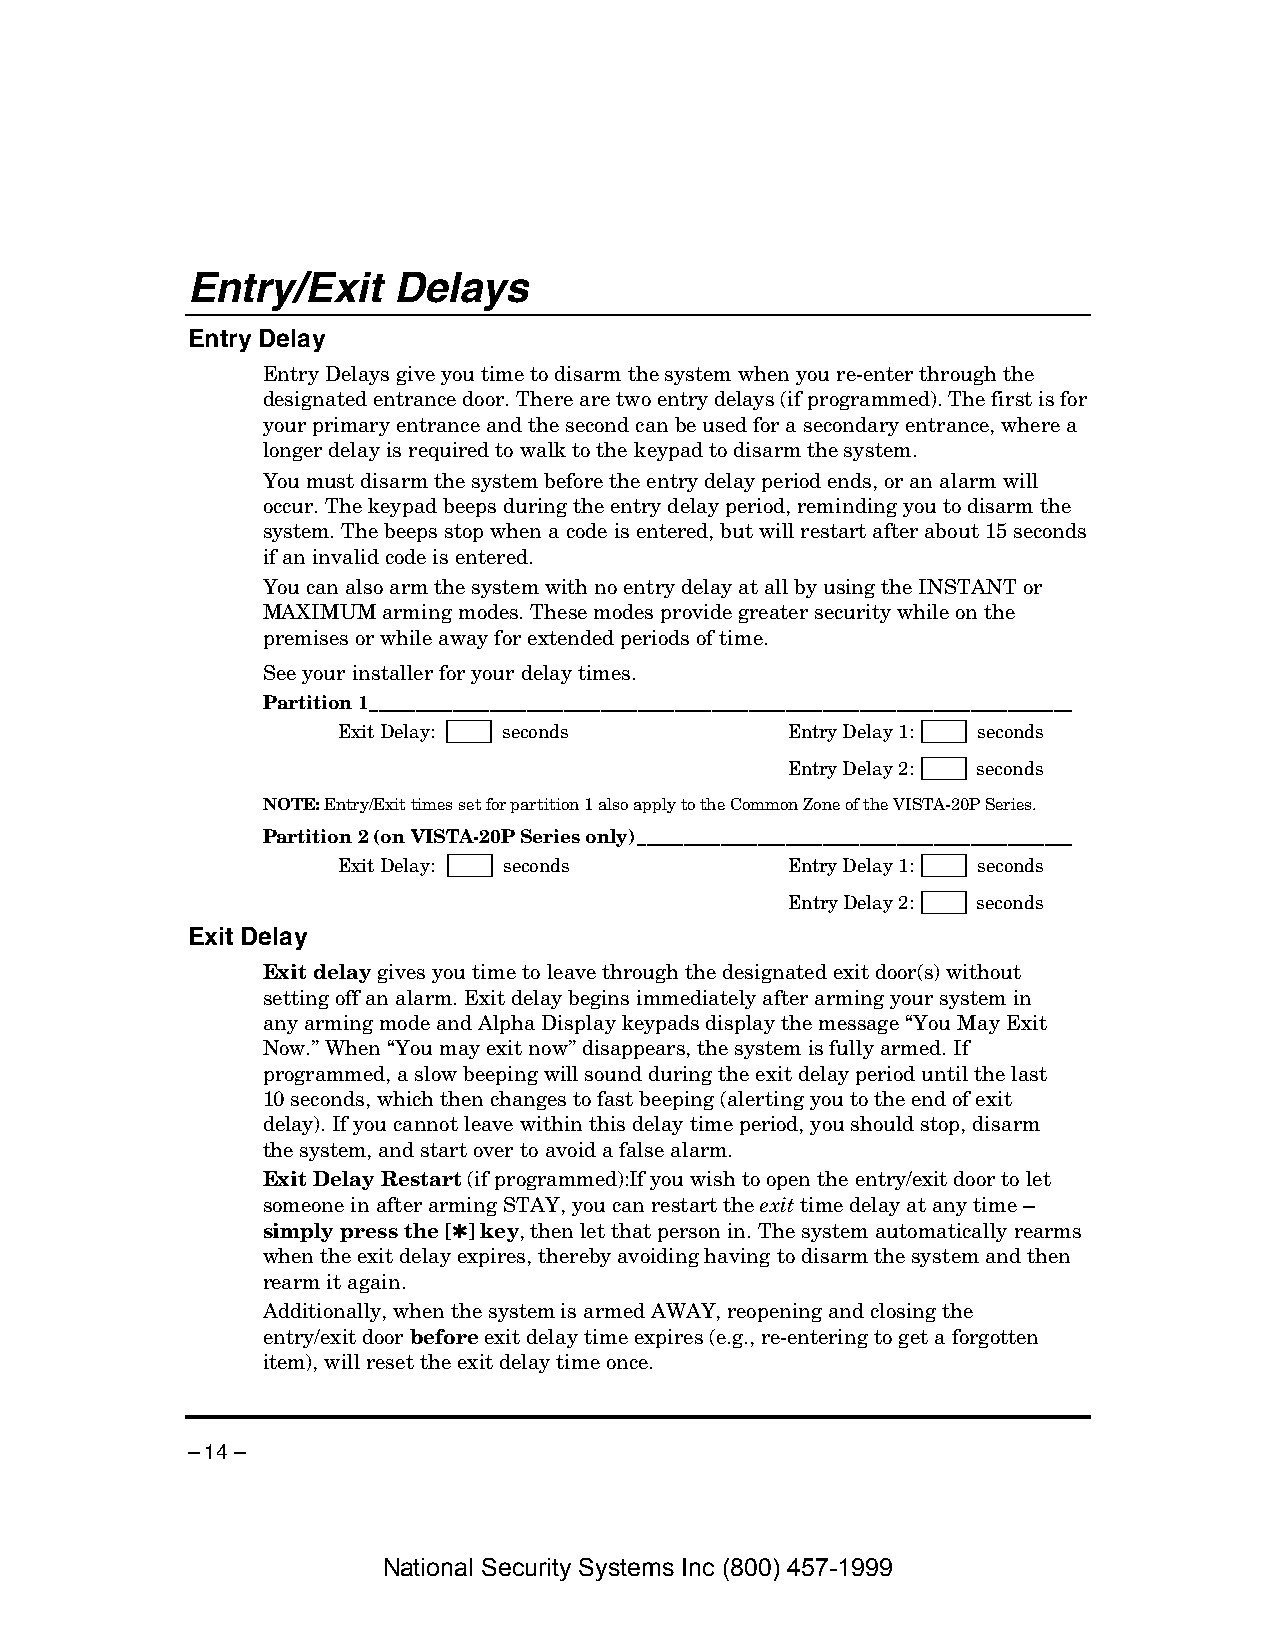
Entry/Exit    Delays
 Entry Delay
 Entry Delays give you time to disarm the system when you re-enter through the
 designated entrance door. There are two entry delays (if programmed). The first is for
 your primary entrance and the second can be used for a secondary entrance, where a
 longer delay is required to walk to the keypad to disarm the system.
 You must disarm the system before the entry delay period ends, or an alarm will
 occur. The keypad beeps during the entry delay period, reminding you to disarm the
 system. The beeps stop when a code is entered, but will restart after about 15 seconds
 if an invalid code is entered.
 You can also arm the system with no entry delay at all by using the INSTANT or
 MAXIMUM arming modes. These modes provide greater security while on the
 premises or while away for extended periods of time.
 See your installer for your delay times.
 Partition 1____________________________________________________________________________
 Exit Delay: seconds           Entry Delay 1: seconds
 Entry Delay 2: seconds
 NOTE: Entry/Exit times set for partition 1 also apply to the Common Zone of the VISTA-20P Series.
 Partition 2 (on VISTA-20P Series only)_______________________________________________
 Exit Delay: seconds           Entry Delay 1: seconds
 Entry Delay 2: seconds
 Exit Delay
 Exit delay gives you time to leave through the designated exit door(s) without
 setting off an alarm. Exit delay begins immediately after arming your system in
 any arming mode and Alpha Display keypads display the message “You May Exit
 Now.” When “You may exit now” disappears, the system is fully armed. If
 programmed, a slow beeping will sound during the exit delay period until the last
 10 seconds, which then changes to fast beeping (alerting you to the end of exit
 delay). If you cannot leave within this delay time period, you should stop, disarm
 the system, and start over to avoid a false alarm.
 Exit Delay Restart (if programmed): If you wish to open the entry/exit door to let
 someone in after arming STAY, you can restart the exit time delay at any time –
 simply press the [✱] key, then let that person in. The system automatically rearms
 when the exit delay expires, thereby avoiding having to disarm the system and then
 rearm it again.
 Additionally, when the system is armed AWAY, reopening and closing the
 entry/exit door before exit delay time expires (e.g., re-entering to get a forgotten
 item), will reset the exit delay time once.
 – 14 –
 National Security Systems Inc (800) 457-1999